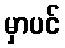
မှာပင်